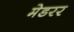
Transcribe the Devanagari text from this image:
मेडरर